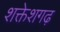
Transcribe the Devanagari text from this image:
शक्तेशगढ़